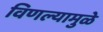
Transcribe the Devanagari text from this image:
विणल्यामुळे